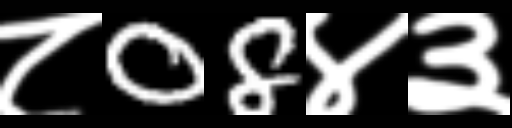
Text: ८08४३